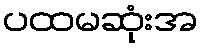
ပထမဆုံးအ